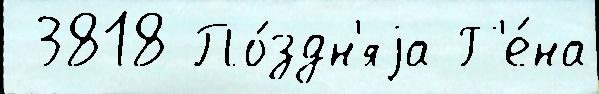
 3818 По́здн'яjа Г'е́на